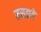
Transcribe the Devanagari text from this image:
मसझते